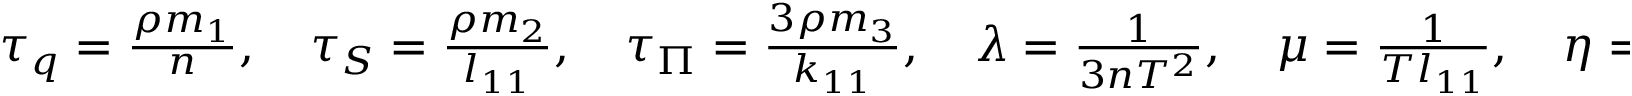
\begin{array} { r } { \tau _ { q } = \frac { \rho m _ { 1 } } { n } , \quad \tau _ { S } = \frac { \rho m _ { 2 } } { l _ { 1 1 } } , \quad \tau _ { \Pi } = \frac { 3 \rho m _ { 3 } } { k _ { 1 1 } } , \quad \lambda = \frac { 1 } { 3 n T ^ { 2 } } , \quad \mu = \frac { 1 } { T l _ { 1 1 } } , \quad \eta = \frac { 3 } { T k _ { 1 1 } } , } \end{array}